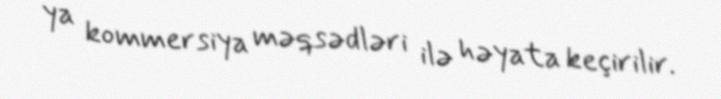
ya kommersiya məqsədləri ilə həyata keçirilir.